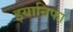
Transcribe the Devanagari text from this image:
इयानिफा